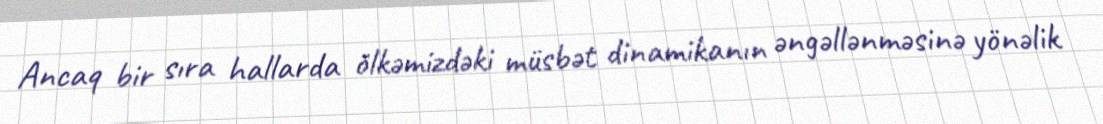
Ancaq bir sıra hallarda ölkəmizdəki müsbət dinamikanın əngəllənməsinə yönəlik